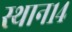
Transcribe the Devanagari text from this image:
स्थान१४